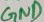
Text: GND